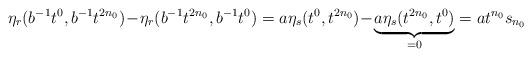
LaTeX: \begin{align*}\eta_r(b^{-1}t^0,b^{-1}t^{2n_0})\!-\!\eta_r(b^{-1}t^{2n_0},b^{-1}t^0)=a\eta_s(t^0,t^{2n_0})\!-\!\underbrace{a\eta_s(t^{2n_0},t^0)}_{=0}=at^{n_0}s_{n_0}\end{align*}